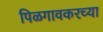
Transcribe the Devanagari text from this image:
पिळगावकरच्या